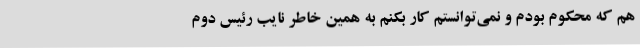
هم که محکوم بودم و نمی‌توانستم کار بکنم به همین خاطر نایب رئیس دوم